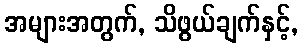
အများအတွက်, သိဖွယ်ချက်နှင့်,